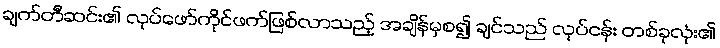
ချက်တီဆင်း၏ လုပ်ဖော်ကိုင်ဖက်ဖြစ်လာသည့် အချိန်မှစ၍ ချင်သည် လုပ်ငန်း တစ်ခုလုံး၏